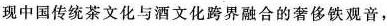
现中国传统茶文化与酒文化跨界融合的奢侈铁观音，